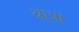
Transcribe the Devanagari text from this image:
श्रोत्रो